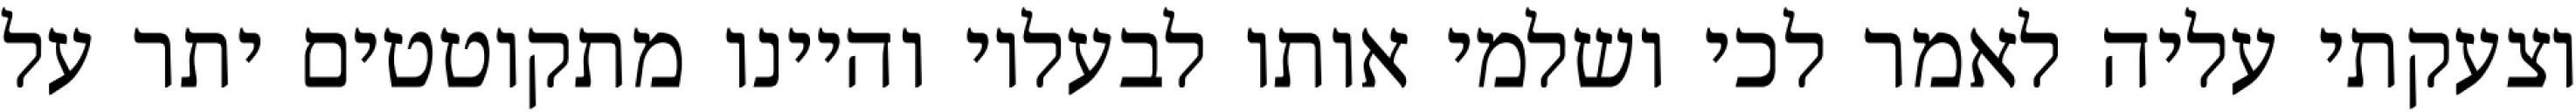
וצעקתי עליה לאמר לכי ושלמי אותו לבעליו והיינו מתקוטטים יתר על